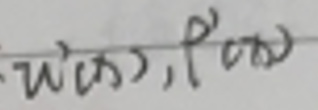
$w'(x),f'(x)$